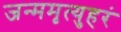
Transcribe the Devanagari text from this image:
जन्ममृत्युहरं